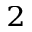
^ 2